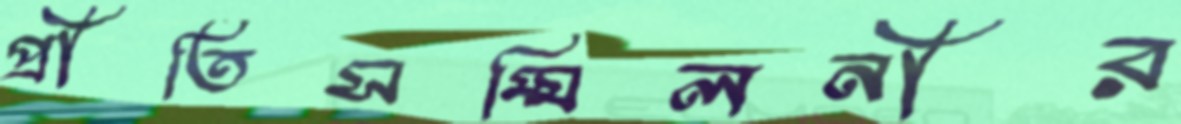
প্রীতিসম্মিলনীর